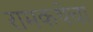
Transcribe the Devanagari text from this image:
रामकथेचा